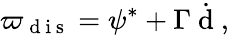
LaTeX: \varpi_{\mathrm{~d~i~s~}}=\psi^{*}+\Gamma\dot{\mathrm{~d~}},